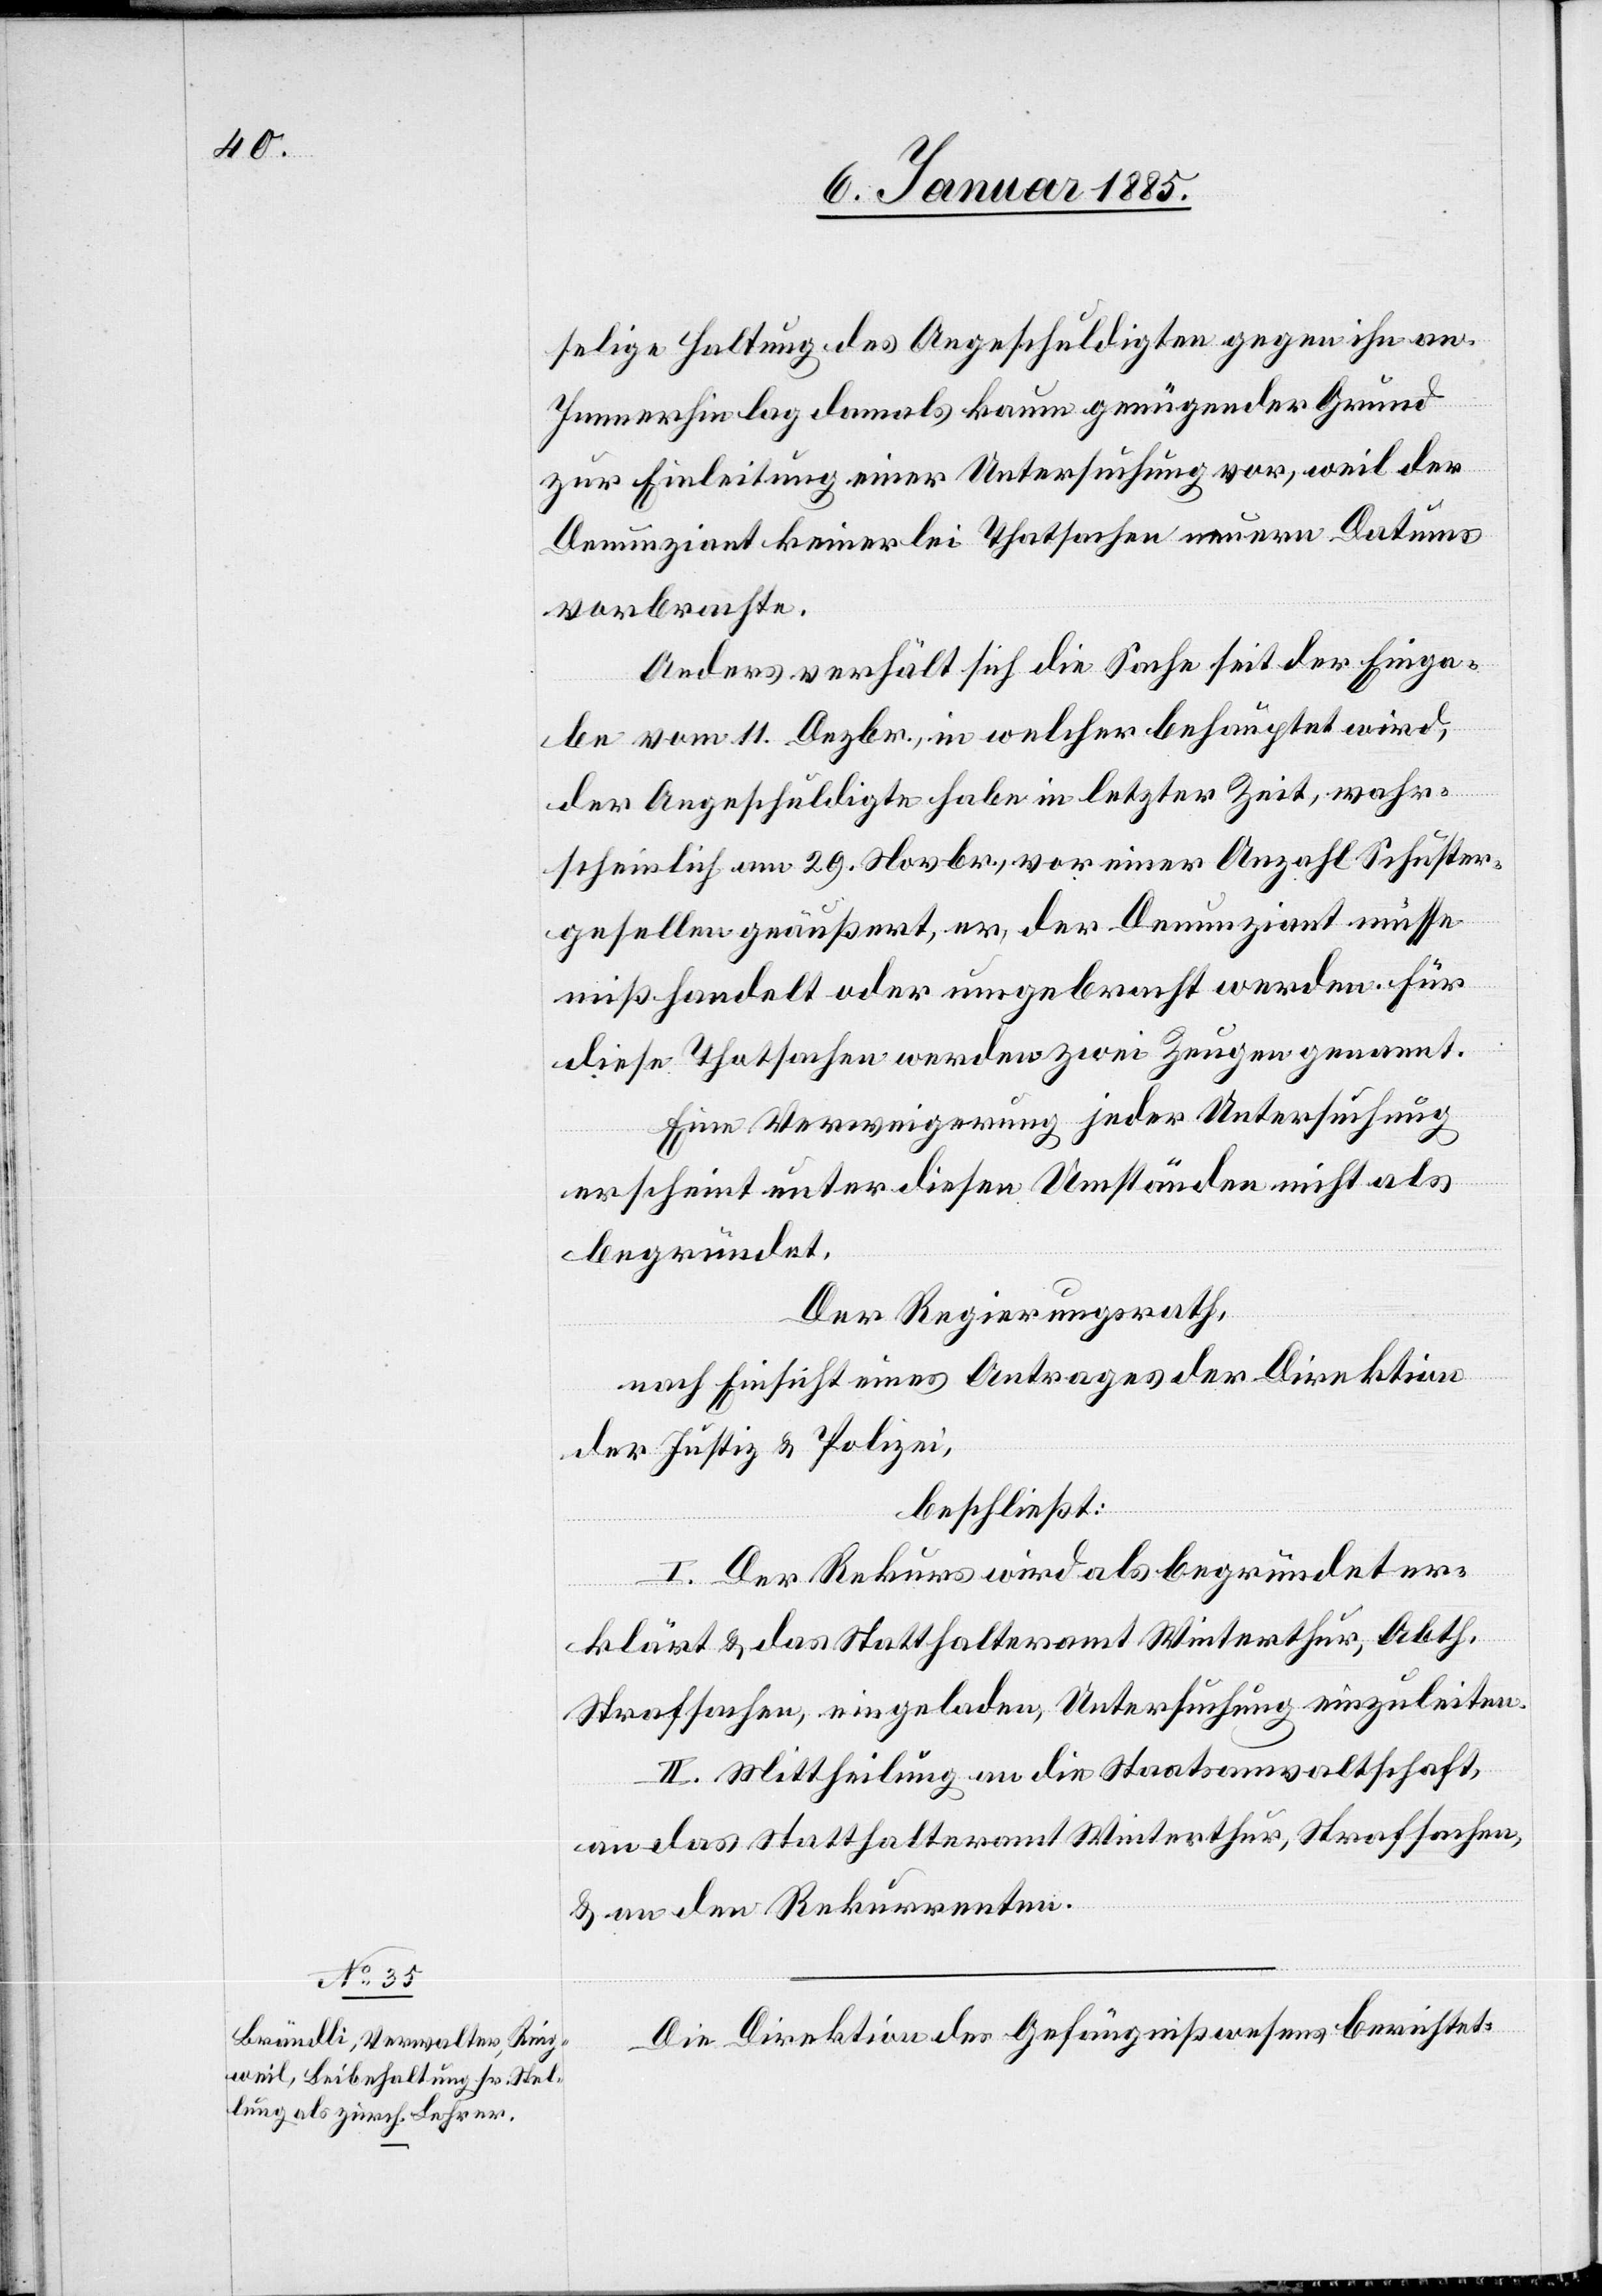
selige Haltung des Angeschuldigten gegen ihn an.
Immerhin lag damals kaum genügender Grund
zur Einleitung einer Untersuchung vor, weil der
Denunziant keinerlei Thatsachen neuern Datums
vorbrachte.
Anders verhält sich die Sache seit der Einga¬
be vom 11. Dezbr., in welcher behauptet wird,
der Angeschuldigte habe in letzter Zeit, wahr¬
scheinlich am 29. Novbr., vor einer Anzahl Schuster¬
gesellen geäußert, er, der Denunziant müsse
mißhandelt oder umgebracht werden. für
diese Thatsache werden zwei Zeugen genannt.
Eine Verweigerung jeder Untersuchung
erscheint unter diesen Umständen nicht als
begründet.
Der Regierungsrath,
nach Einsicht eines Antrages der Direktion
der Justiz & Polizei,
beschließt:
I. Der Rekurs wird als begründet er¬
klärt & das Statthalteramt Winterthur, Abth.
Strafsachen, eingeladen, Untersuchung einzuleiten.
II. Mittheilung an die Staatsanwaltschaft,
an das Statthalteramt Winterthur, Strafsachen,
& an den Rekurrenten.
Die Direktion des Gefängniswesens berichtet: